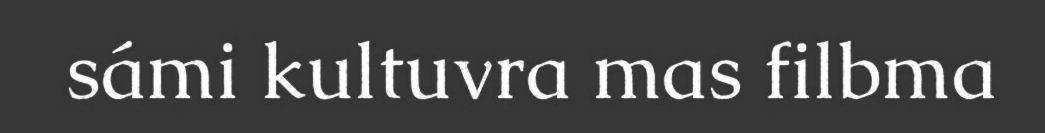
sámi kultuvra mas filbma